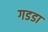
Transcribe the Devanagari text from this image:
गडडा